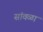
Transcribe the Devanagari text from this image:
सांवळा